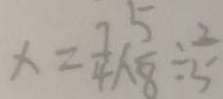
x = \frac { 7 } { 4 } \times \frac { 5 } { 8 } \div \frac { 2 } { 5 }